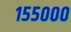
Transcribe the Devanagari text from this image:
१५५०००